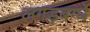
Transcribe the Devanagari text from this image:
लगड़बग्घे